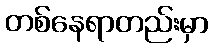
တစ်နေရာတည်းမှာ